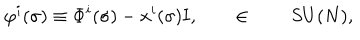
\varphi ^ { i } ( \sigma ) \equiv \Phi ^ { i } ( \sigma ) - x ^ { i } ( \sigma ) { \bf I } , \qquad \in \qquad S U ( N ) ,